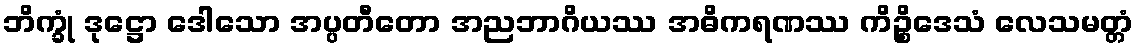
ဘိက္ခုံ ဒုဋ္ဌော ဒေါသော အပ္ပတီတော အညဘာဂိယဿ အဓိကရဏဿ ကိဉ္စိဒေသံ လေသမတ္တံ